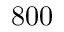
8 0 0